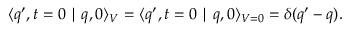
\langle q ^ { \prime } , t = 0 \mid q , 0 \rangle _ { V } = \langle q ^ { \prime } , t = 0 \mid q , 0 \rangle _ { V = 0 } = \delta ( q ^ { \prime } - q ) .